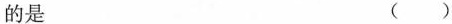
的是 ( )